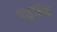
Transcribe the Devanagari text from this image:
पाडुलिपि